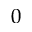
0